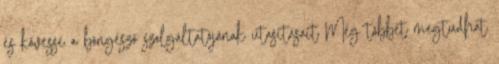
és kövesse a böngésző szolgáltatójának utasításait Még többet megtudhat